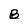
Character: B